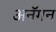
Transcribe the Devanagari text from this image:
अनॅगन